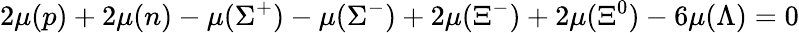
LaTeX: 2\mu(p)+2\mu(n)-\mu(\Sigma^{+})-\mu(\Sigma^{-})+2\mu(\Xi^{-})+2\mu(\Xi^{0})-6\mu(\Lambda)=0